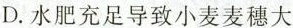
D.水肥充足导致小麦麦穗大